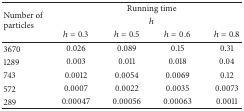
<table><thead><tr><td rowspan="3"><b>Number of particles</b></td><td colspan="4"><b>Running time</b></td></tr><tr><td colspan="4"><b><i>h</i></b></td></tr><tr><td><b><i>h</i> = 0.3</b></td><td><b><i>h</i> = 0.5</b></td><td><b><i>h</i> = 0.6</b></td><td><b><i>h</i> = 0.8</b></td></tr></thead><tbody><tr><td>3670</td><td>0.026</td><td>0.089</td><td>0.15</td><td>0.31</td></tr><tr><td>1289</td><td>0.003</td><td>0.011</td><td>0.018</td><td>0.04</td></tr><tr><td>743</td><td>0.0012</td><td>0.0054</td><td>0.0069</td><td>0.12</td></tr><tr><td>572</td><td>0.0007</td><td>0.0022</td><td>0.0035</td><td>0.0073</td></tr><tr><td>289</td><td>0.00047</td><td>0.00056</td><td>0.00063</td><td>0.0011</td></tr></tbody></table>